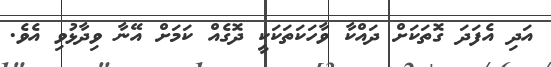
އަދި އެފަދަ ގޮތަކަށް ދައްކާ ވާހަކަތަކަކީ ދޮގެއް ކަމަށް އޭނާ ވިދާޅުވި އެވެ.